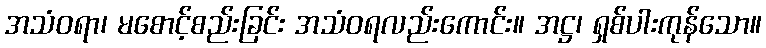
အသံဝရာ၊ မစောင့်စည်းခြင်း အသံဝရလည်းကောင်း။ အဋ္ဌ၊ ရှစ်ပါးကုန်သော။